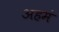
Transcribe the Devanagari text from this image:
अहमं